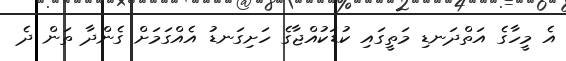
އެ މީހާގެ އަތްދަނޑި މަތީގައި ކުޑަކުއްޖާގެ ހަށިގަނޑު އެއްގަމަށް ގެންދާ ތަން ދެ